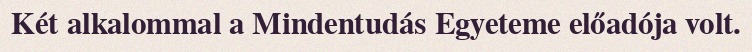
Két alkalommal a Mindentudás Egyeteme előadója volt.